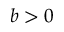
b > 0